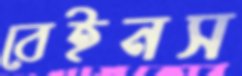
বেইনস